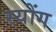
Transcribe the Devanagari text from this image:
स्योंग